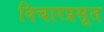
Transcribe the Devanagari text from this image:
विचारप्रसूत